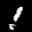
Label: 1